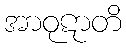
အာဝုဋာတိ